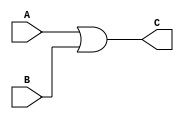
`timescale 10ns/10ns
module or64 (A, B, C);
input [63:0] A, B;  //data inputs
output reg [63:0] C; //data outputs

always @(*) begin
C=A|B;
end

endmodule